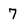
Character: 7